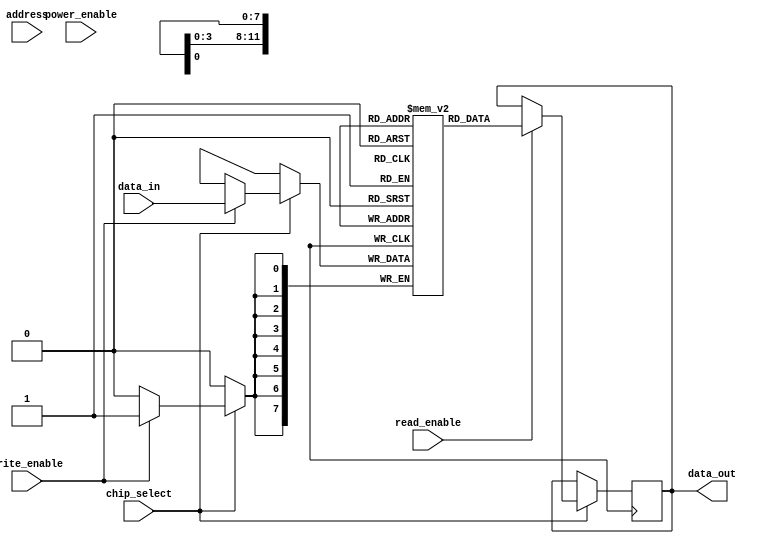
module LPDDR_RAM(
    input wire [7:0] address,
    input wire [7:0] data_in,
    output reg [7:0] data_out,
    input wire chip_select,
    input wire read_enable,
    input wire write_enable,
    input wire power_enable
);

reg [7:0] memory_block [31:0][127:0];

always @ (posedge clock) begin
    if (chip_select == 1'b1) begin
        if (read_enable == 1'b1) begin
            data_out <= memory_block[address[7:0]][address[15:8]];
        end
        if (write_enable == 1'b1) begin
            memory_block[address[7:0]][address[15:8]] <= data_in;
        end
    end
end

endmodule